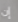
إن